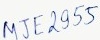
Text: MJE2955